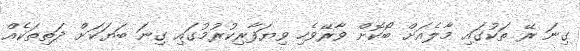
ގިނަ ރޭ ތަކުގައި މާލެއަށް ބޯކޮށް ވާރޭވެހި ވިޔަފާރިކުރުމުގައި ގިނަ ބަޔަކަށް ދަތިތަކެއް